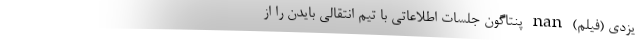
یزدی (فیلم) nan پنتاگون جلسات اطلاعاتی با تیم انتقالی بایدن را از